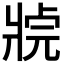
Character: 𤖊